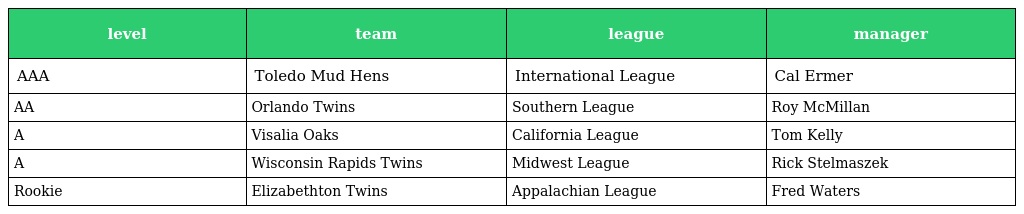
| level | team | league | manager |
 | --- | --- | --- | --- |
 | AAA | Toledo Mud Hens | International League | Cal Ermer |
 | AA | Orlando Twins | Southern League | Roy McMillan |
 | A | Visalia Oaks | California League | Tom Kelly |
 | A | Wisconsin Rapids Twins | Midwest League | Rick Stelmaszek |
 | Rookie | Elizabethton Twins | Appalachian League | Fred Waters |